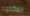
المكالمه